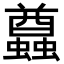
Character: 蠤